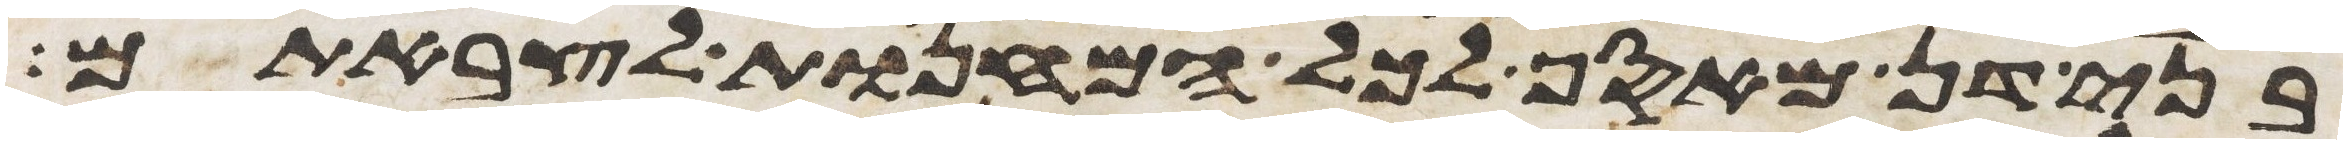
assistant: בני דן מאסף לכל המחנות לצבאתם